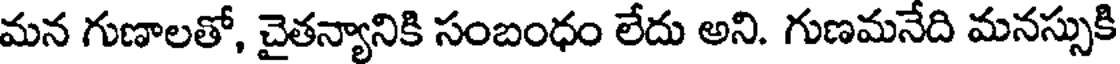
మన గుణాలతో, చైతన్యానికి సంబంధం లేదు అని. గుణమనేది మనస్సుకి